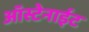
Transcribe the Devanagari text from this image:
ऑस्टेनाईट